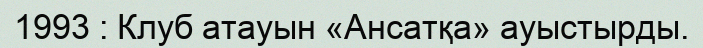
1993 : Клуб атауын «Ансатқа» ауыстырды.